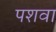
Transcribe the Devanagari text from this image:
पशवा